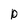
Character: D